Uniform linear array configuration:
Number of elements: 8
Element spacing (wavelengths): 0.5
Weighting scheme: hamming
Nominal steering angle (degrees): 60
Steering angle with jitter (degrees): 61.685
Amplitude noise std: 0.05
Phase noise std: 0.05

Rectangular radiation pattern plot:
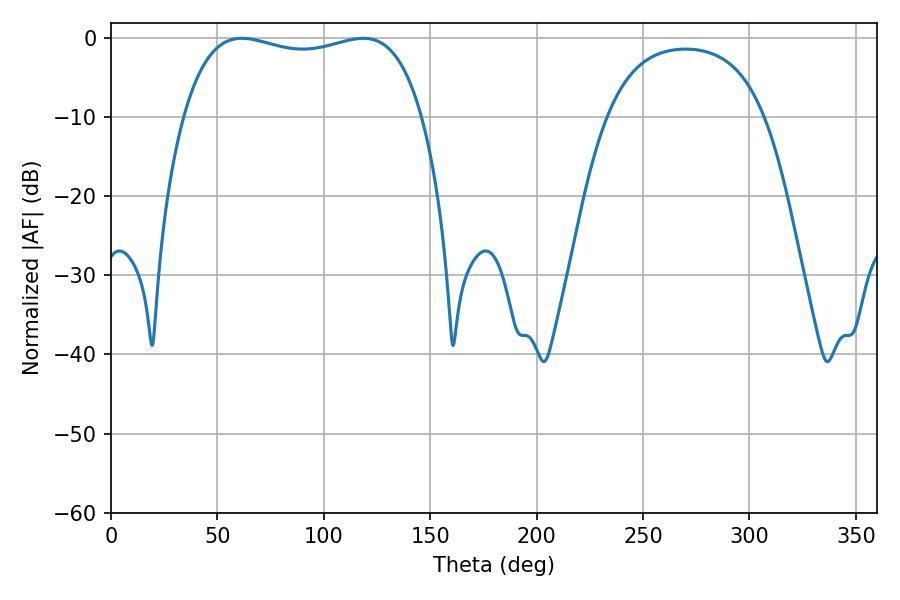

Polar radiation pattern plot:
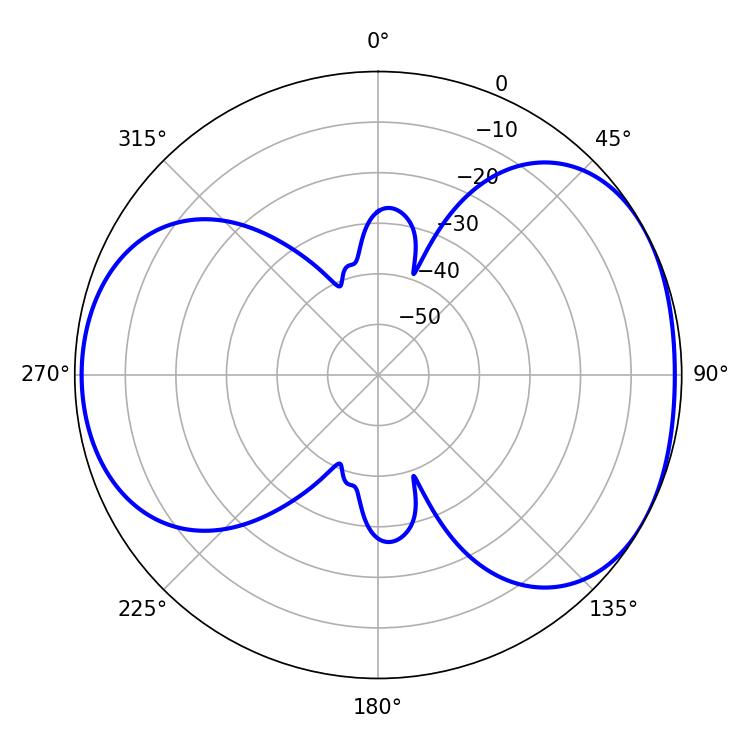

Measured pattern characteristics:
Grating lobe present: FALSE
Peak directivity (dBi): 4.76
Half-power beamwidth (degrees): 91.08
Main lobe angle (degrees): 61.38